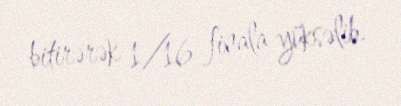
bitirərək 1/16 finala yüksəlib.